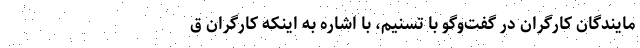
مایندگان کارگران در گفت‌وگو با تسنیم، با اشاره به اینکه کارگران ق